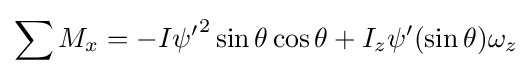
\sum M_{x}=-I{\psi '}^{2}\sin \theta \cos \theta +I_{z}\psi '(\sin \theta )\omega _{z}